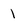
Character: 1